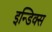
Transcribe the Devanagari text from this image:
इन्डिक्स